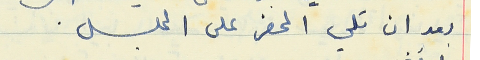
بعد ان تلي الحضر على المجلس .